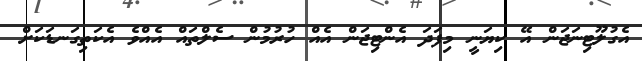
އެގުލޫޓިނަޖަން އޭ ކިޔަނީ މިފަދަ އެންޓިޖަން އެއް ހުރުމުން ސެލްތައް އެއްވެ އެކަތިގަނޑަކަށް